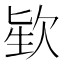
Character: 𪴬